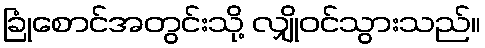
ခြုံစောင်အတွင်းသို့ လျှိုဝင်သွားသည်။